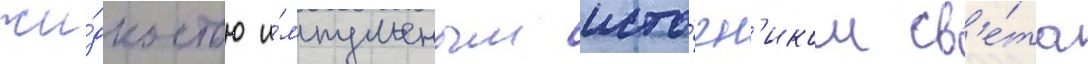
жи́дкостью и́мпульсным исто́чн'иком св'е́та